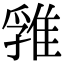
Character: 𨿚